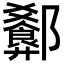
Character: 𬪢